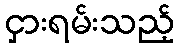
ငှားရမ်းသည့်